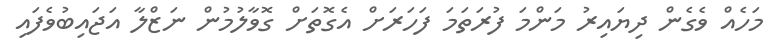
މަހެއް ވެގެން ދިޔައިރު މަންމަ ފުރަަތަމަ ފަހަަރަށް އެގޮތަށް ގޮވާލުމުން ނަޒްލާ އަޖައިބުވެފައި